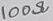
Text: 100Ω